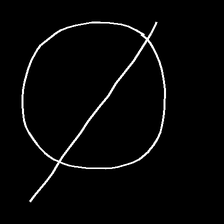
Glyph: orb